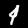
Label: 4